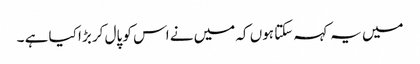
میں یہ کہہ سکتا ہوں کہ میں نے اس کو پال کر بڑا کیا ہے ۔